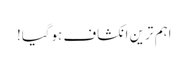
اہم ترین انکشاف ہوگیا!